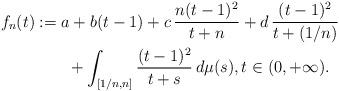
LaTeX: \begin{align*}f_n(t)&:=a+b(t-1)+c\,{n(t-1)^2\over t+n}+d\,{(t-1)^2\over t+(1/n)} \\&\qquad+\int_{[1/n,n]}{(t-1)^2\over t+s}\,d\mu(s),t\in(0,+\infty). \end{align*}